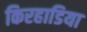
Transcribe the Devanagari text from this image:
किरहाडिया